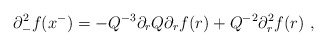
\begin{align*}\partial_-^2 f(x^-)=- Q^{-3} \partial_rQ \partial_r f(r)+ Q^{-2} \partial_r^2 f(r)~,\end{align*}